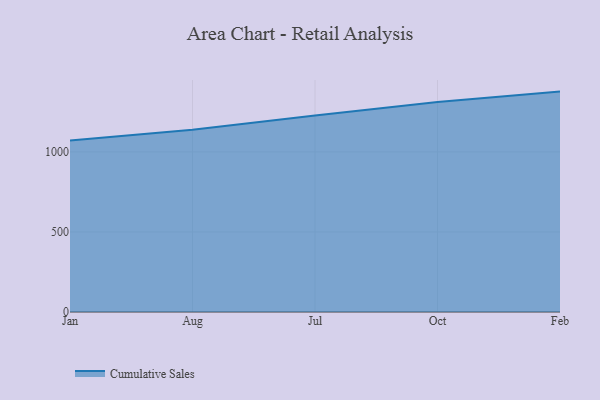
{"axis": {"x": "Month", "y": "Temperature (°C)"}, "legend": ["Cumulative Sales"], "data": [{"x": "Jan", "y": 1071.0, "type": "Cumulative Sales"}, {"x": "Aug", "y": 1139.1, "type": "Cumulative Sales"}, {"x": "Jul", "y": 1227.2, "type": "Cumulative Sales"}, {"x": "Oct", "y": 1311.5, "type": "Cumulative Sales"}, {"x": "Feb", "y": 1376.8, "type": "Cumulative Sales"}]}